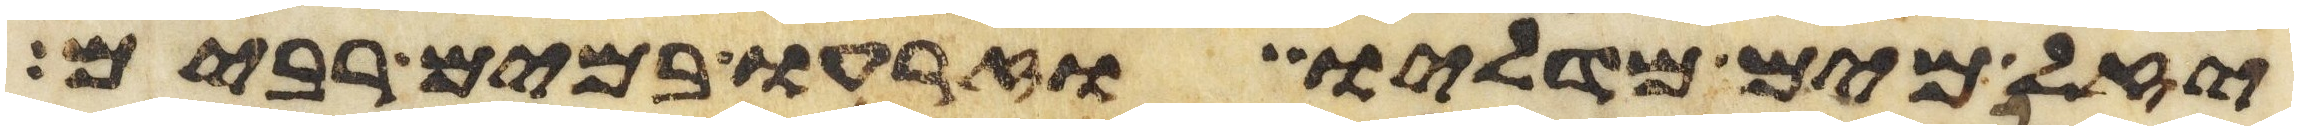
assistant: יזל מים מדליו וזרעו במים רבים